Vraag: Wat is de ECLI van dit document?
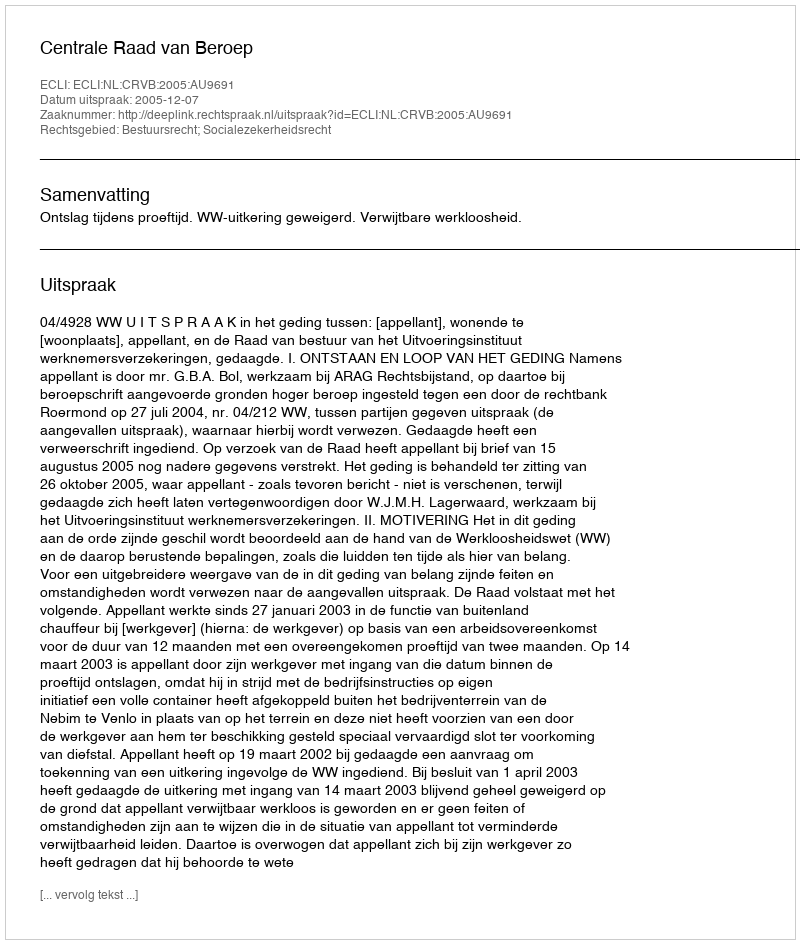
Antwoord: ECLI:NL:CRVB:2005:AU9691